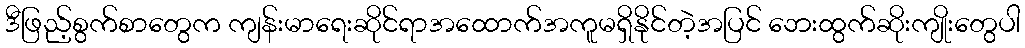
ဒီဖြည့်စွက်စာတွေက ကျန်းမာရေးဆိုင်ရာအထောက်အကူမရှိနိုင်တဲ့အပြင် ဘေးထွက်ဆိုးကျိုးတွေပါ